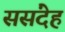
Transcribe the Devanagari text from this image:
ससंदेह